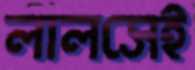
লালসেই